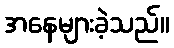
အနေများခဲ့သည်။